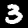
Label: 3